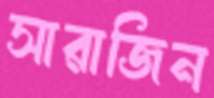
সারাজিন